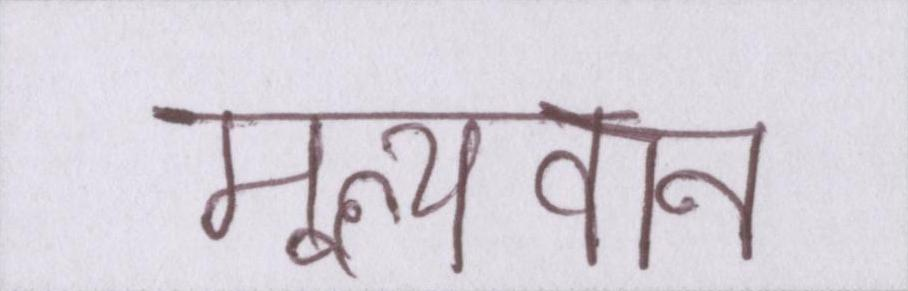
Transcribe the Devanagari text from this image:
मूल्यवान